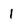
Character: 1